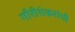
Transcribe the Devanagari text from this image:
गौरीशंकरांची